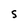
Character: S